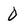
Character: 0